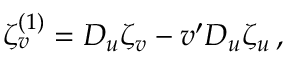
\zeta _ { v } ^ { ( 1 ) } = D _ { u } \zeta _ { v } - v ^ { \prime } D _ { u } \zeta _ { u } \, ,